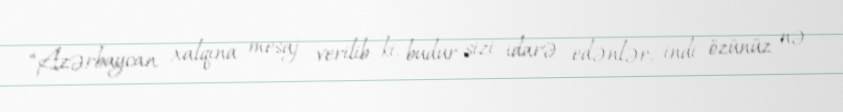
“Azərbaycan xalqına mesaj verilib ki, budur sizi idarə edənlər, indi özünüz nə